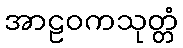
အာဠဝကသုတ္တံ